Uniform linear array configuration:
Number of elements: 4
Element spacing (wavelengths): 0.75
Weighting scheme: binomial
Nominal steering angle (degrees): -30
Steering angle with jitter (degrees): -31.498
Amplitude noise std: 0.05
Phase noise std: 0.05

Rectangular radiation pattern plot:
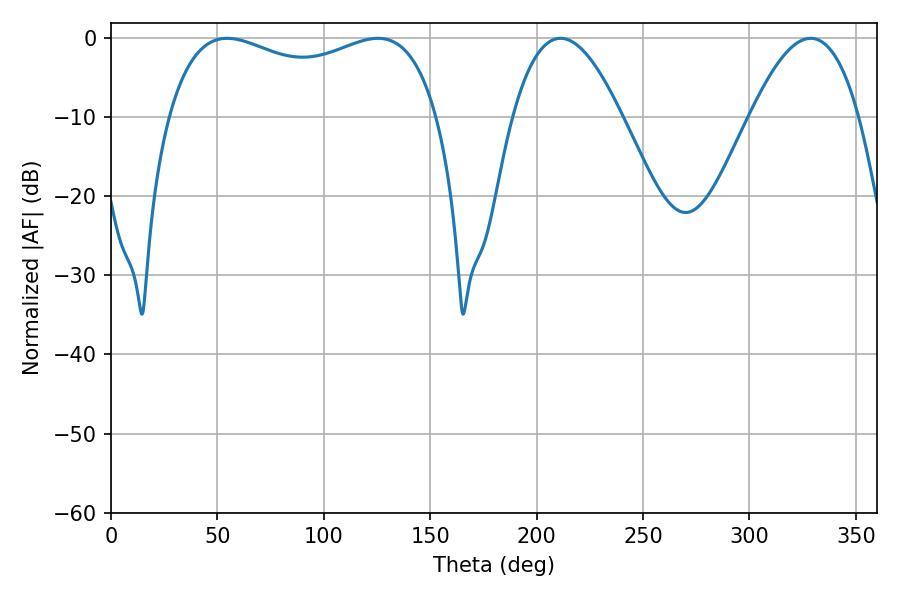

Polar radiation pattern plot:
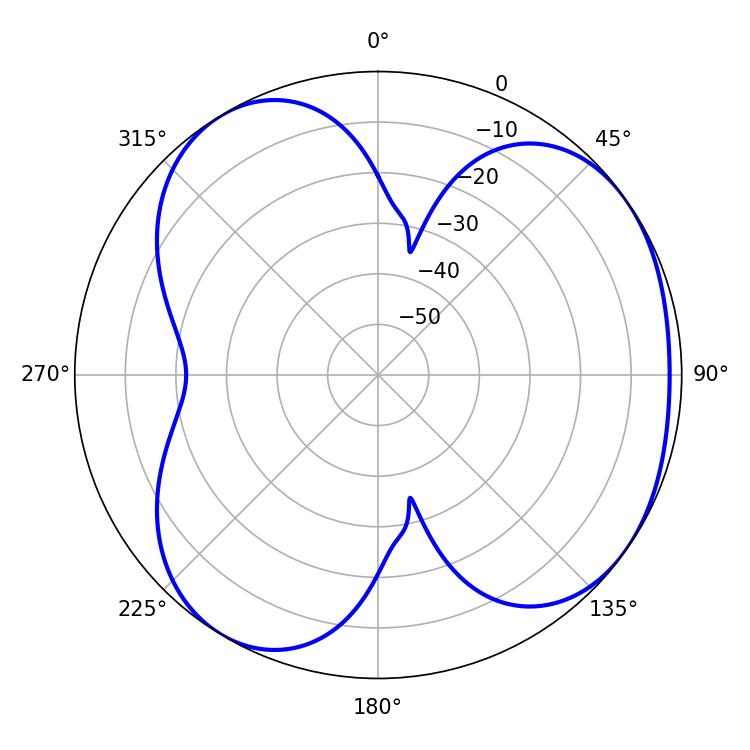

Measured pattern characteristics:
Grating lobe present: TRUE
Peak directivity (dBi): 4.447
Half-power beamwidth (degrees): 104.76
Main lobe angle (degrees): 54.54